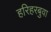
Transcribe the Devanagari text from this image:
हरिहरबुवा